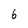
Character: 6